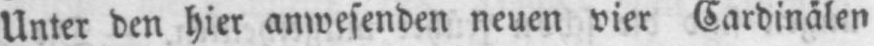
Unter den hier anwesenden neuen vier Cardinälen